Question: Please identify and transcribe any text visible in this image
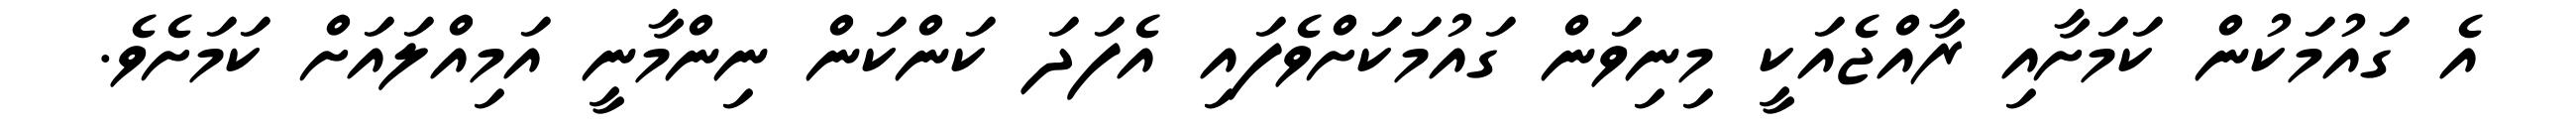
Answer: އެ ގައުމަކުން ކަމަށާއި ރާއްޖެއަކީ މިނިވަން ގައުމަކަށްވެފައި އެފަދަ ކަންކަން ނިންމާނީ އަމިއްލައަށް ކަމަށެވެ.